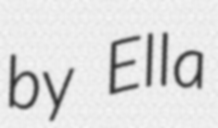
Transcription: by Ella